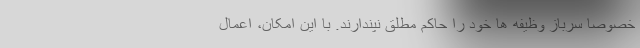
خصوصا سرباز وظیفه ها خود را حاکم مطلق نپندارند. با این امکان، اعمال